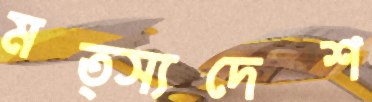
মত্স্যদেশ